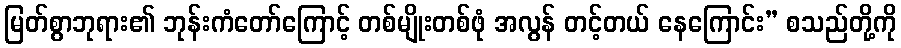
မြတ်စွာဘုရား၏ ဘုန်းကံတော်ကြောင့် တစ်မျိုးတစ်ဖုံ အလွန် တင့်တယ် နေကြောင်း” စသည်တို့ကို